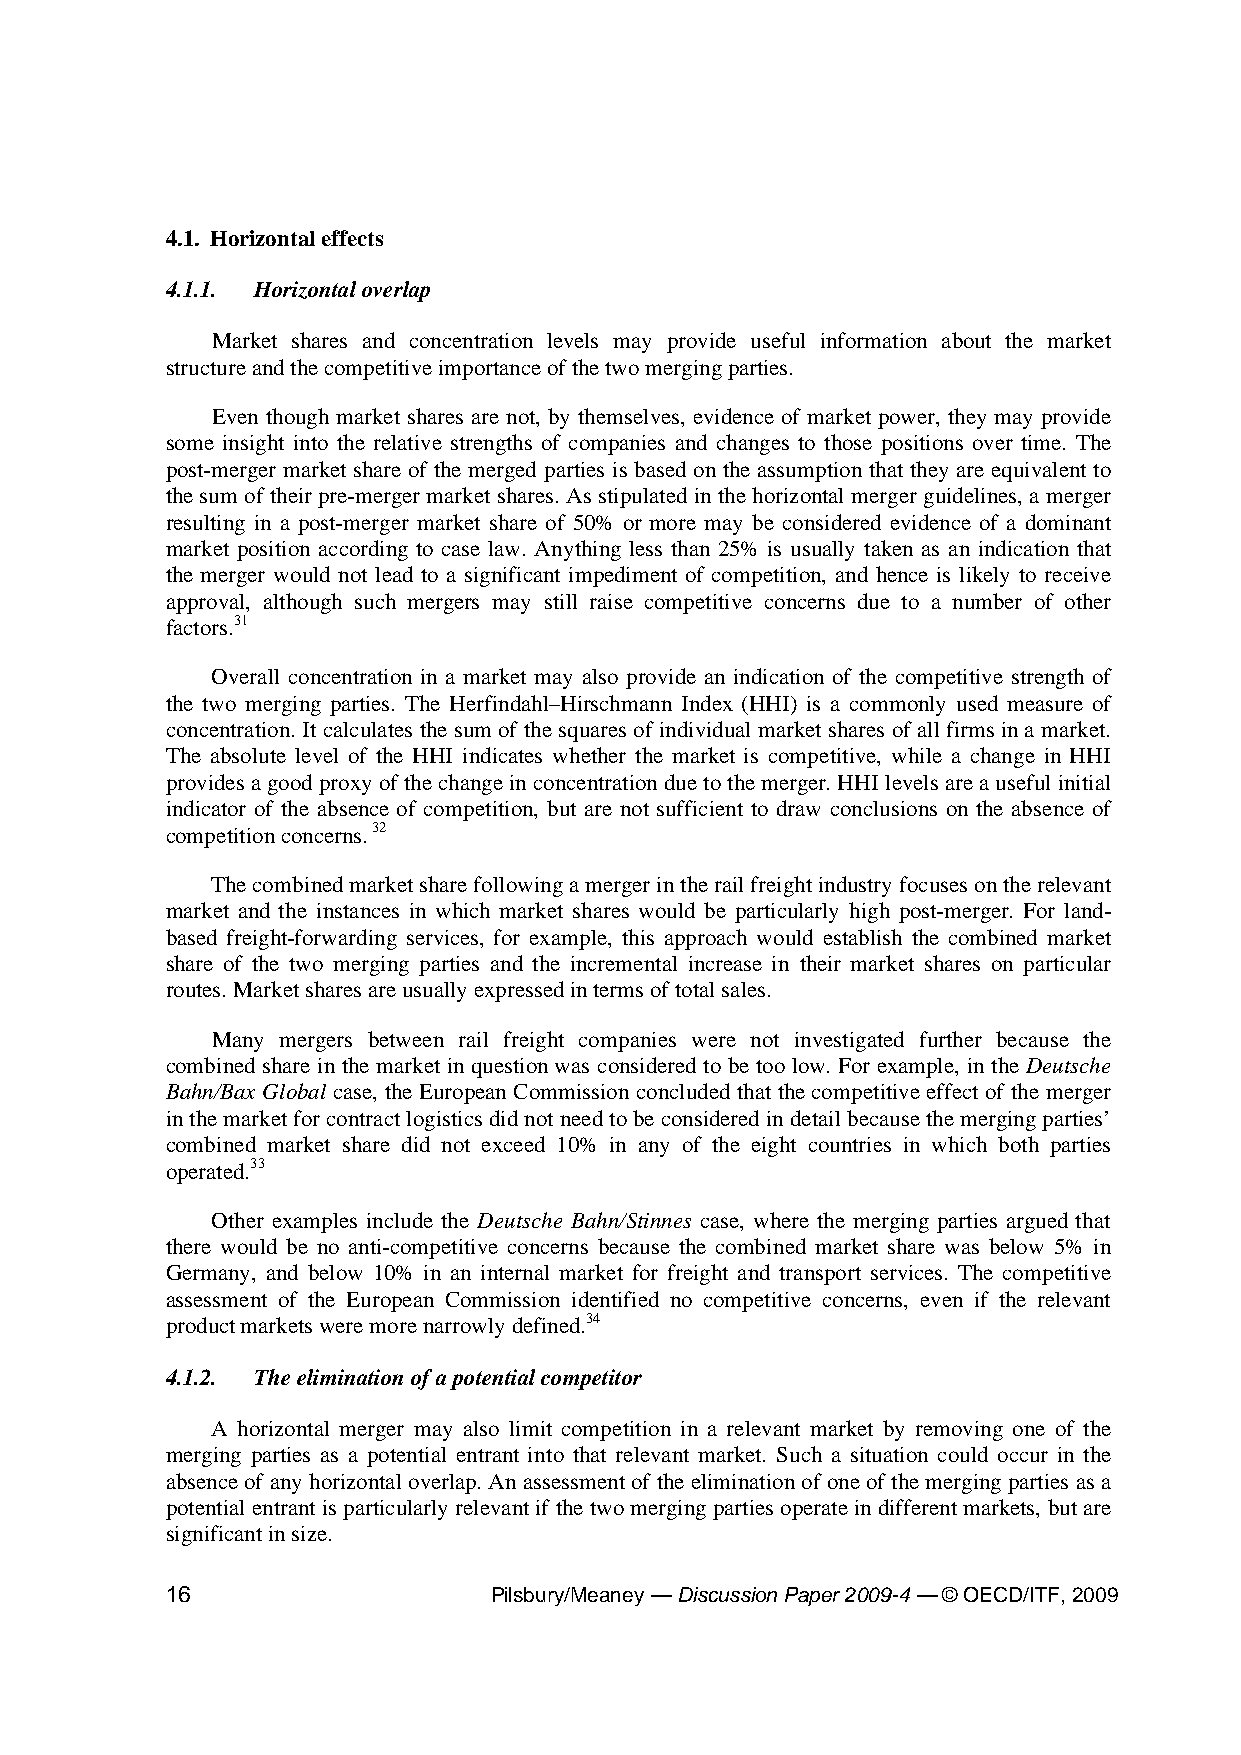
4.1. Horizontal effects
 4.1.1. Horizontal overlap
 Market shares and concentration levels may provide useful information about the market
 structure and the competitive importance of the two merging parties.
 Even though market shares are not, by themselves, evidence of market power, they may provide
 some insight into the relative strengths of companies and changes to those positions over time. The
 post-merger market share of the merged parties is based on the assumption that they are equivalent to
 the sum of their pre-merger market shares. As stipulated in the horizontal merger guidelines, a merger
 resulting in a post-merger market share of 50% or more may be considered evidence of a dominant
 market position according to case law. Anything less than 25% is usually taken as an indication that
 the merger would not lead to a significant impediment of competition, and hence is likely to receive
 approval, although such mergers may still raise competitive concerns due to a number of other
 factors.31
 Overall concentration in a market may also provide an indication of the competitive strength of
 the two merging parties. The Herfindahl–Hirschmann Index (HHI) is a commonly used measure of
 concentration. It calculates the sum of the squares of individual market shares of all firms in a market.
 The absolute level of the HHI indicates whether the market is competitive, while a change in HHI
 provides a good proxy of the change in concentration due to the merger. HHI levels are a useful initial
 indicator of the absence of competition, but are not sufficient to draw conclusions on the absence of
 competition concerns. 32
 The combined market share following a merger in the rail freight industry focuses on the relevant
 market and the instances in which market shares would be particularly high post-merger. For land-
 based freight-forwarding services, for example, this approach would establish the combined market
 share of the two merging parties and the incremental increase in their market shares on particular
 routes. Market shares are usually expressed in terms of total sales.
 Many mergers between rail freight companies were not investigated further because the
 combined share in the market in question was considered to be too low. For example, in the Deutsche
 Bahn/Bax Global case, the European Commission concluded that the competitive effect of the merger
 in the market for contract logistics did not need to be considered in detail because the merging parties’
 combined market share did not exceed 10% in any of the eight countries in which both parties
 operated.33
 Other examples include the Deutsche Bahn/Stinnes case, where the merging parties argued that
 there would be no anti-competitive concerns because the combined market share was below 5% in
 Germany, and below 10% in an internal market for freight and transport services. The competitive
 assessment of the European Commission identified no competitive concerns, even if the relevant
 product markets were more narrowly defined.34
 4.1.2. The elimination of a potential competitor
 A horizontal merger may also limit competition in a relevant market by removing one of the
 merging parties as a potential entrant into that relevant market. Such a situation could occur in the
 absence of any horizontal overlap. An assessment of the elimination of one of the merging parties as a
 potential entrant is particularly relevant if the two merging parties operate in different markets, but are
 significant in size.
 16                   Pilsbury/Meaney — Discussion Paper 2009-4 — © OECD/ITF, 2009